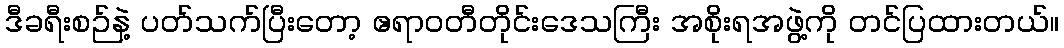
ဒီခရီးစဉ်နဲ့ ပတ်သက်ပြီးတော့ ဧရာဝတီတိုင်းဒေသကြီး အစိုးရအဖွဲ့ကို တင်ပြထားတယ်။